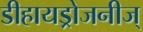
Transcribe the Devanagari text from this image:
डीहायड्रोजनीज्